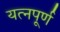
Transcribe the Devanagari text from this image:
यत्नपूर्ण